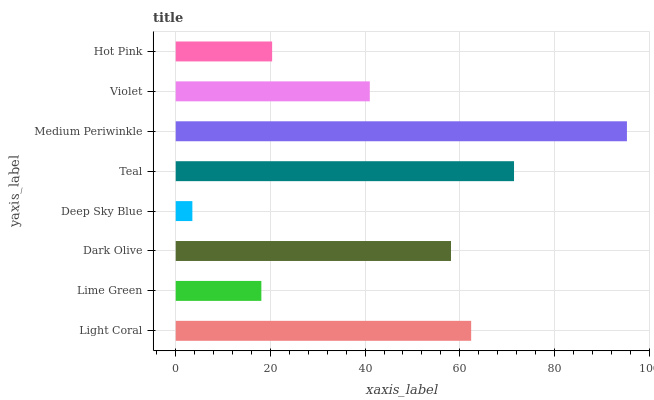
| yaxis_label | bars |
 | --- | --- |
 | Light Coral | 62.4 |
 | Lime Green | 18.1 |
 | Dark Olive | 58.1 |
 | Deep Sky Blue | 3.52 |
 | Teal | 71.5 |
 | Medium Periwinkle | 95.3 |
 | Violet | 41 |
 | Hot Pink | 20.4 |